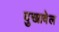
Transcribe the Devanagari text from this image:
दुखावेल